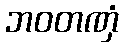
ဘဝတဏှံ